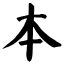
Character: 本